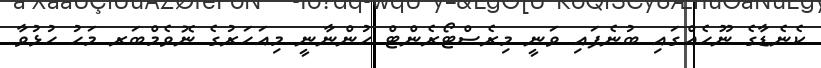
ކެނެޑާގެ ނޫހެއްގައި ބުނެފައި ވަނީ މިރެސްޓޯރެންޓް ހުންނާނީ މިއަހަރުގެ ނޮވެމްބަރ މަހު ހުޅުވާ